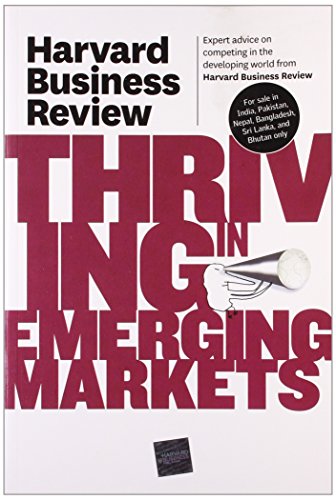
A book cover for Harvard Business Review on Thriving in Emerging Markets; Harvard Business Review; Business & Money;